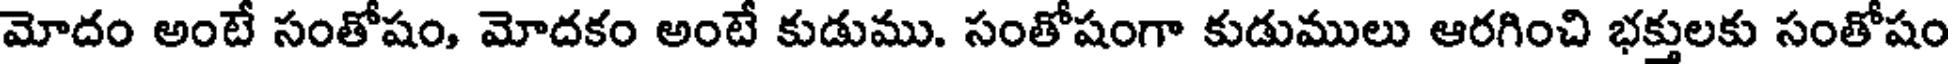
మోదం అంటే సంతోషం, మోదకం అంటే కుడుము. సంతోషంగా కుడుములు ఆరగించి భక్తులకు సంతోషం